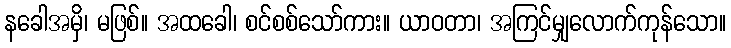
နခေါအမှိ၊ မဖြစ်။ အထခေါ၊ စင်စစ်သော်ကား။ ယာဝတာ၊ အကြင်မျှလောက်ကုန်သော။